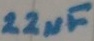
Text: 22µF